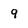
Character: 9